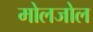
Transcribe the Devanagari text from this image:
मोलजोल